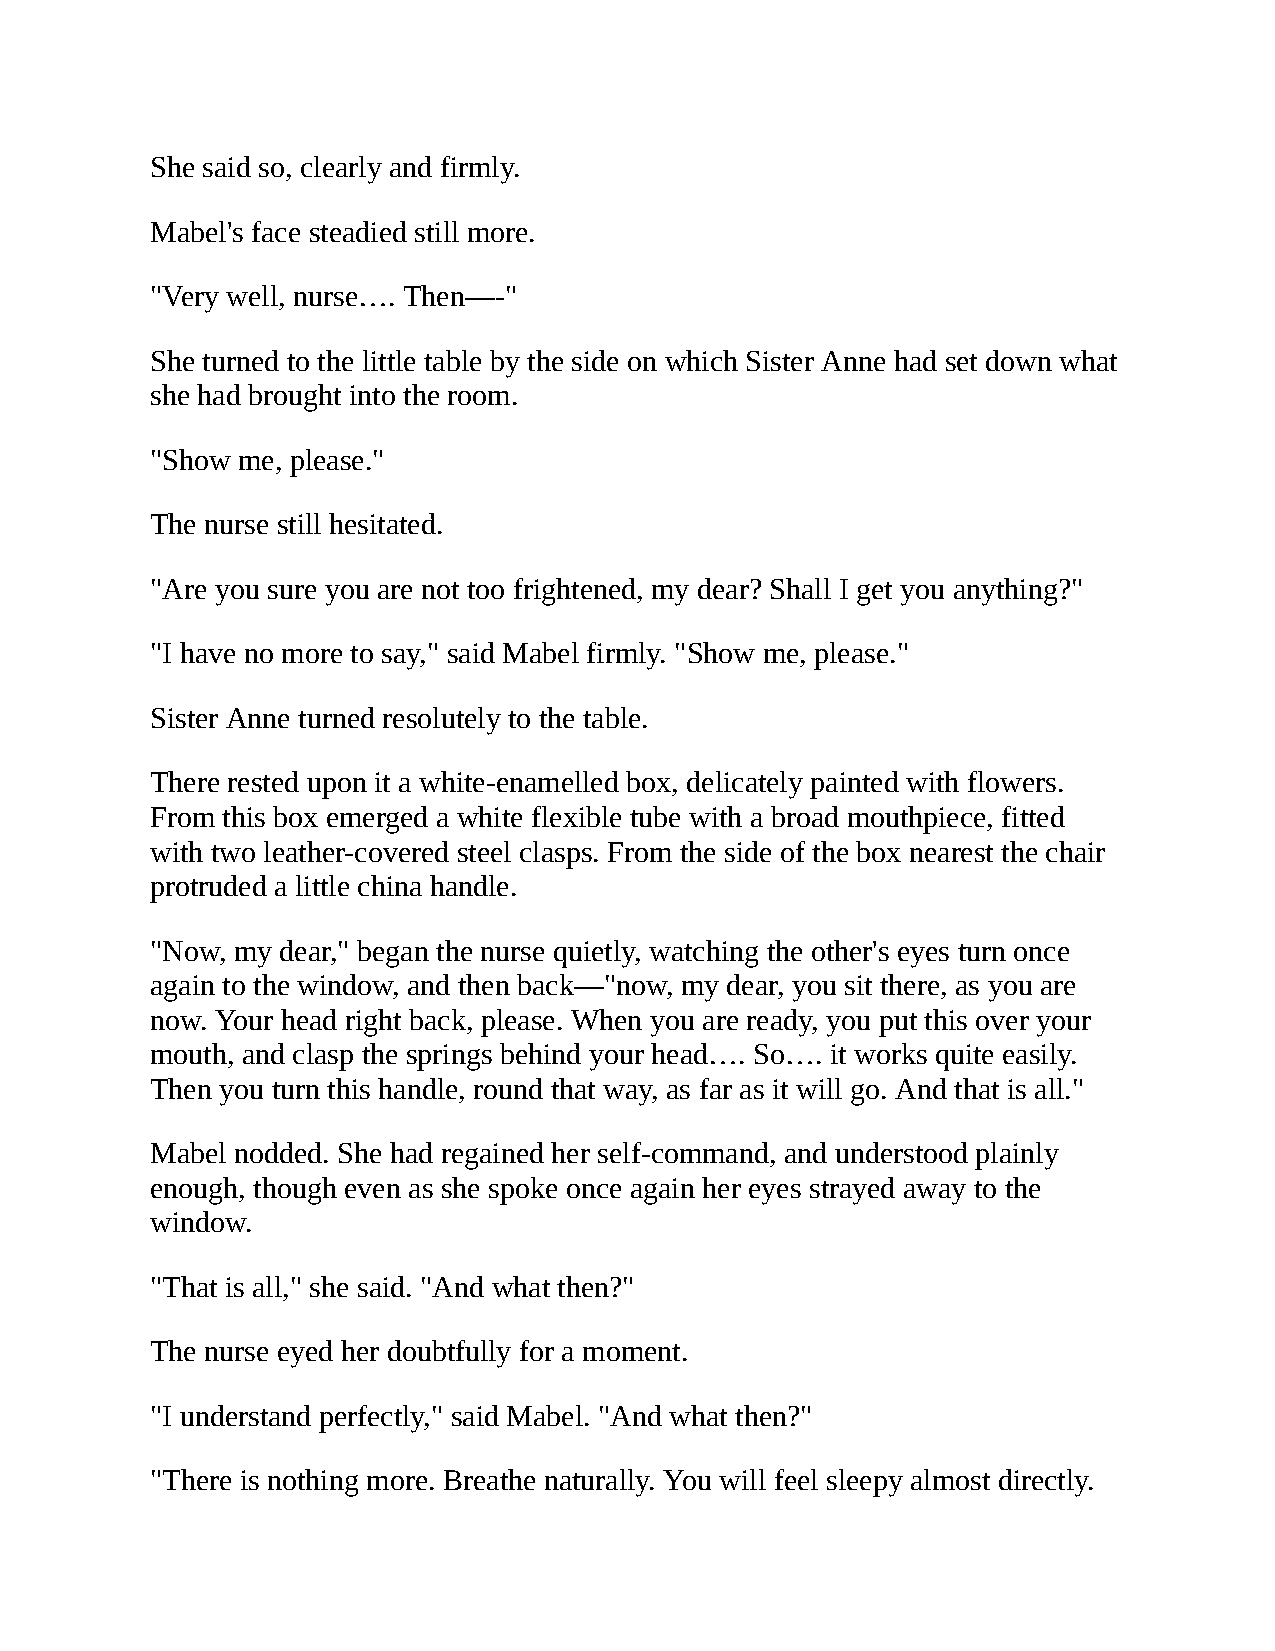
She said so, clearly and firmly.
 Mabel's face steadied still more.
 "Very well, nurse…. Then—-"
 She turned to the little table by the side on which Sister Anne had set down what
 she had brought into the room.
 "Show me, please."
 The nurse still hesitated.
 "Are you sure you are not too frightened, my dear? Shall I get you anything?"
 "I have no more to say," said Mabel firmly. "Show me, please."
 Sister Anne turned resolutely to the table.
 There rested upon it a white-enamelled box, delicately painted with flowers.
 From this box emerged a white flexible tube with a broad mouthpiece, fitted
 with two leather-covered steel clasps. From the side of the box nearest the chair
 protruded a little china handle.
 "Now, my dear," began the nurse quietly, watching the other's eyes turn once
 again to the window, and then back—"now, my dear, you sit there, as you are
 now. Your head right back, please. When you are ready, you put this over your
 mouth, and clasp the springs behind your head…. So…. it works quite easily.
 Then you turn this handle, round that way, as far as it will go. And that is all."
 Mabel nodded. She had regained her self-command, and understood plainly
 enough, though even as she spoke once again her eyes strayed away to the
 window.
 "That is all," she said. "And what then?"
 The nurse eyed her doubtfully for a moment.
 "I understand perfectly," said Mabel. "And what then?"
 "There is nothing more. Breathe naturally. You will feel sleepy almost directly.